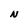
Character: N